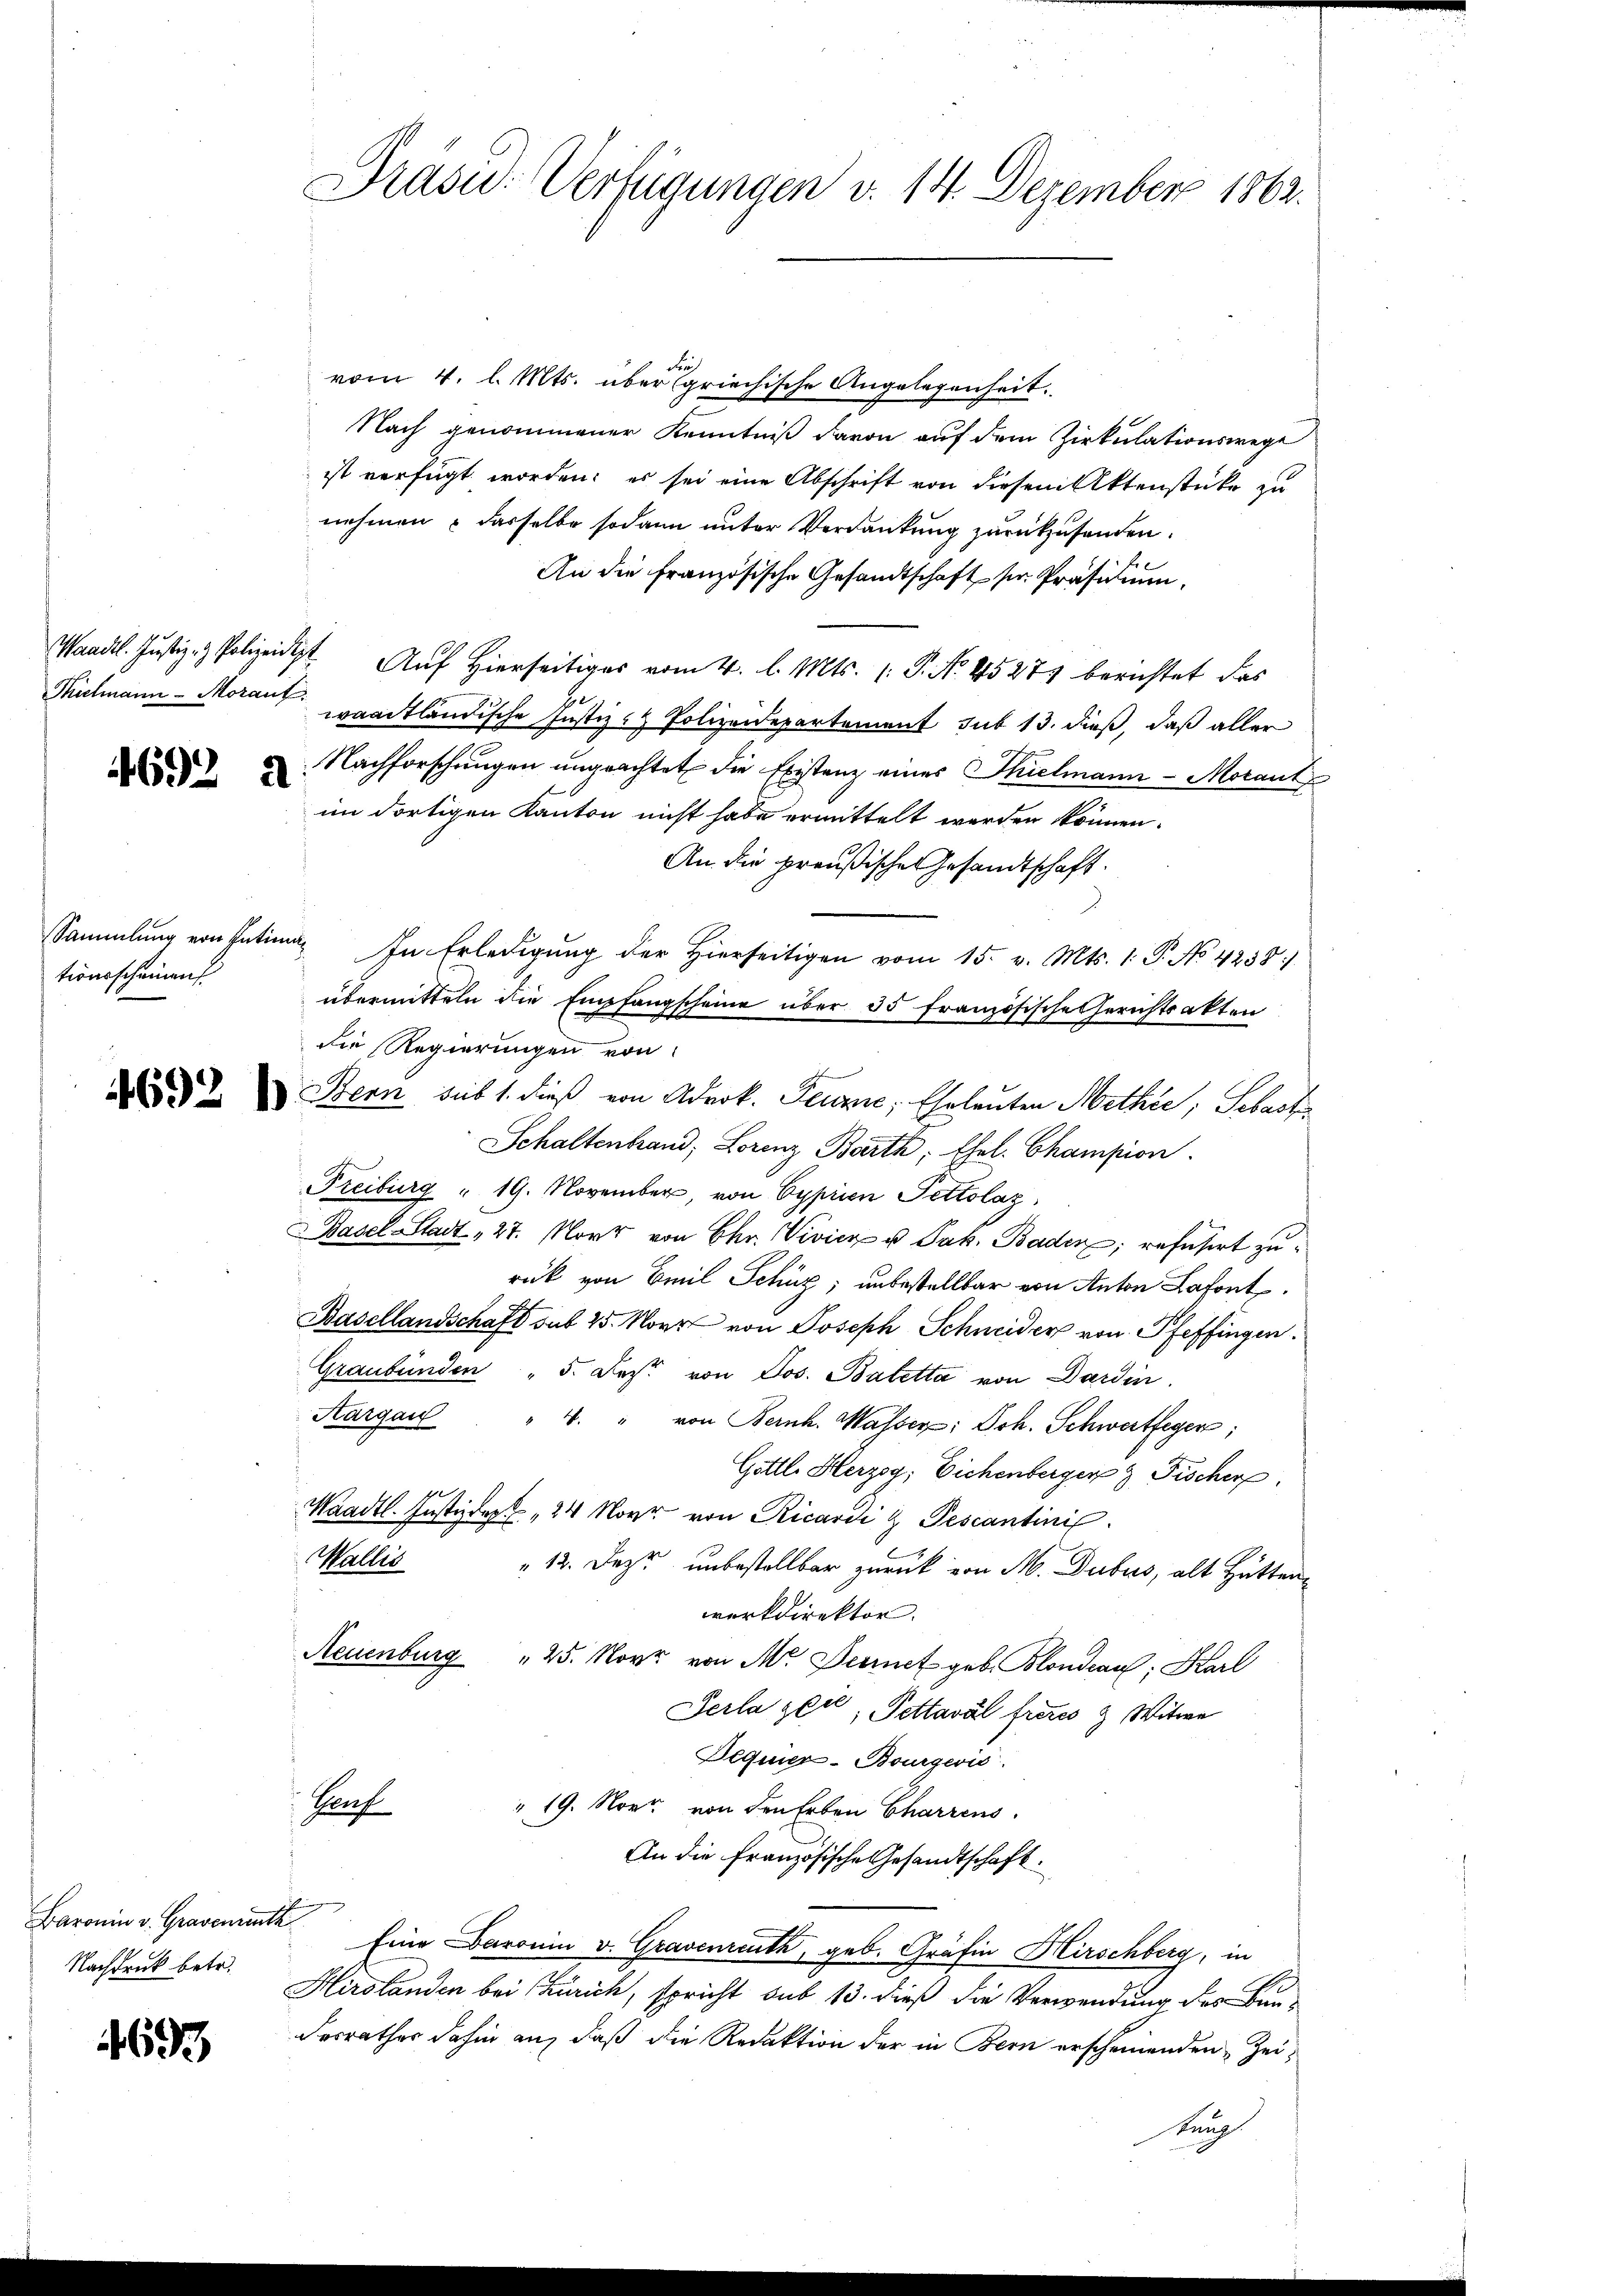
4692 a

tionsscheinen

Fie
vom 4. l. Mts. über griechische Angelegenheit.
Nach genommener Kenntniß davon auf dem Zirkulationswege
ist verfügt worden; es sei eine Abschrift von diesem Aktenstücke zu
nehmen – dasselbe sodann unter Verdankung zurückzusenden.
An die französische Gesandtschaft ser Präsidium.
Wandl. Justiz- & Polizei Auf hierseitiges vom 4. l. Mts. (: P. Nr. 45271 berichtet das
Thulmann - Morauf waadtländische Justiz- & Polizeidepartement sub 13. dieß, daß aller
Nachforschungen ungeachtet die Existenz eines Thielmann - Morantim dortigen Kanton nicht habe ermittelt werden können.
An die preußische Gesandtschaft.
Sammlung von Intima. In Erledigŭng der hierseitigen vom 15. v. Mts. 1. P. No. 4258:
übermitteln die Empfangscheine über 35 Französische Gerichtsakten
die Regierungen von
   Denn sub 1. dieß von Adrok. Feure, Eheleuten Mathie, Sebast
Schaltenbrand, Lorenz Barth; thel. Champion.
Freiburg " 19. November, von Cyprien Pettolaz
Basel-Stadt 27. Nort von Chr. Vivier u Jak. Baden, refüsiert zu
rück von Emil Schüz; unbestellbar von Anton Lafont
Basellandschaft sub 25. Nov. von Joseph Schneider von Pfeffingen.
Graubünden " 5. Fest von Jos. Baletta von Dardin
Aargau
4. " von Bernh. Wasser: Joh. Schwertfeger;
Gottl. Herzog; Eichenberger & Fischer
Waadt. Justizdept 24 Nover von Ricardi & Pescantini
Wallis
13. Dez unbestellbar zurück von M. Dubus, alt Hättenworkdirektor.
Reuenburg  25. Novr von M. Derinet geb. Blondeaus: Karl
Serla zeit, Pettavál freies & Witwe
Bequier-Bourgeris
Haf
" 19. Nov. von den Erben Charrens.
An die Französische Gesandtschaft.
er
Eine Baronin v. Gravenreuth, geb. Gräfin Hirschberg, in
Hirslanden bei Zürich, spricht sub 13. dieß die Verwendung der Bun¬
Ferrathes dahin an, daß die Redaktion der in Bern erscheinenden Zeitung

Baronin v. Gravenienth
Nachdruck betr.

1693

Präsid. Verfügungen v. 14. Dezember 1862.